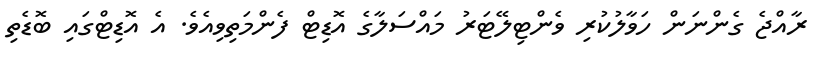
ރާއްޖެ ގެންނަން ހަވާލުކުރި ވެންޓިލޭޓަރު މައްސަލާގެ އޮޑިޓް ފެންމަތިވިއެވެ. އެ އޮޑިޓްގައި ބޮޑެތި